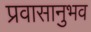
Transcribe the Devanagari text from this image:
प्रवासानुभव